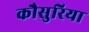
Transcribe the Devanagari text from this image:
कौसुरिया